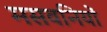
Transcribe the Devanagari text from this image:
मसवनियों